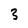
Character: 3